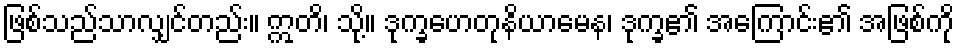
ဖြစ်သည်သာလျှင်တည်း။ ဣတိ၊ သို့။ ဒုက္ခဟေတုနိယာမေန၊ ဒုက္ခ၏ အကြောင်း၏ အဖြစ်ကို